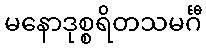
မနောဒုစ္စရိတသမင်္ဂီ